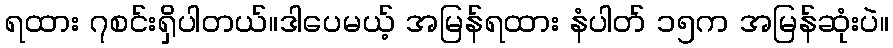
ရထား ၇စင်းရှိပါတယ်။ဒါပေမယ့် အမြန်ရထား နံပါတ် ၁၅က အမြန်ဆုံးပဲ။